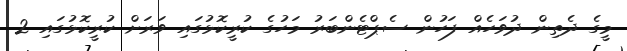
މީގެ ދެތިން ދުވަހެއް ފަހުން ސެޕްޓެންބަރު މަހުގެ ކުރީކޮޅުގައި ވަރަށް ކުރީކޮޅުގައި 2